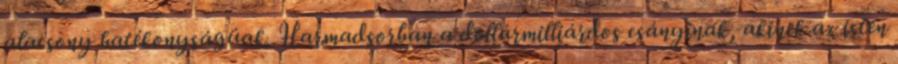
alacsony hatékonyságúak. Harmadsorban a dollármilliárdos csányinak, akinek az isten